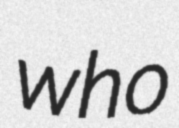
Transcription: who